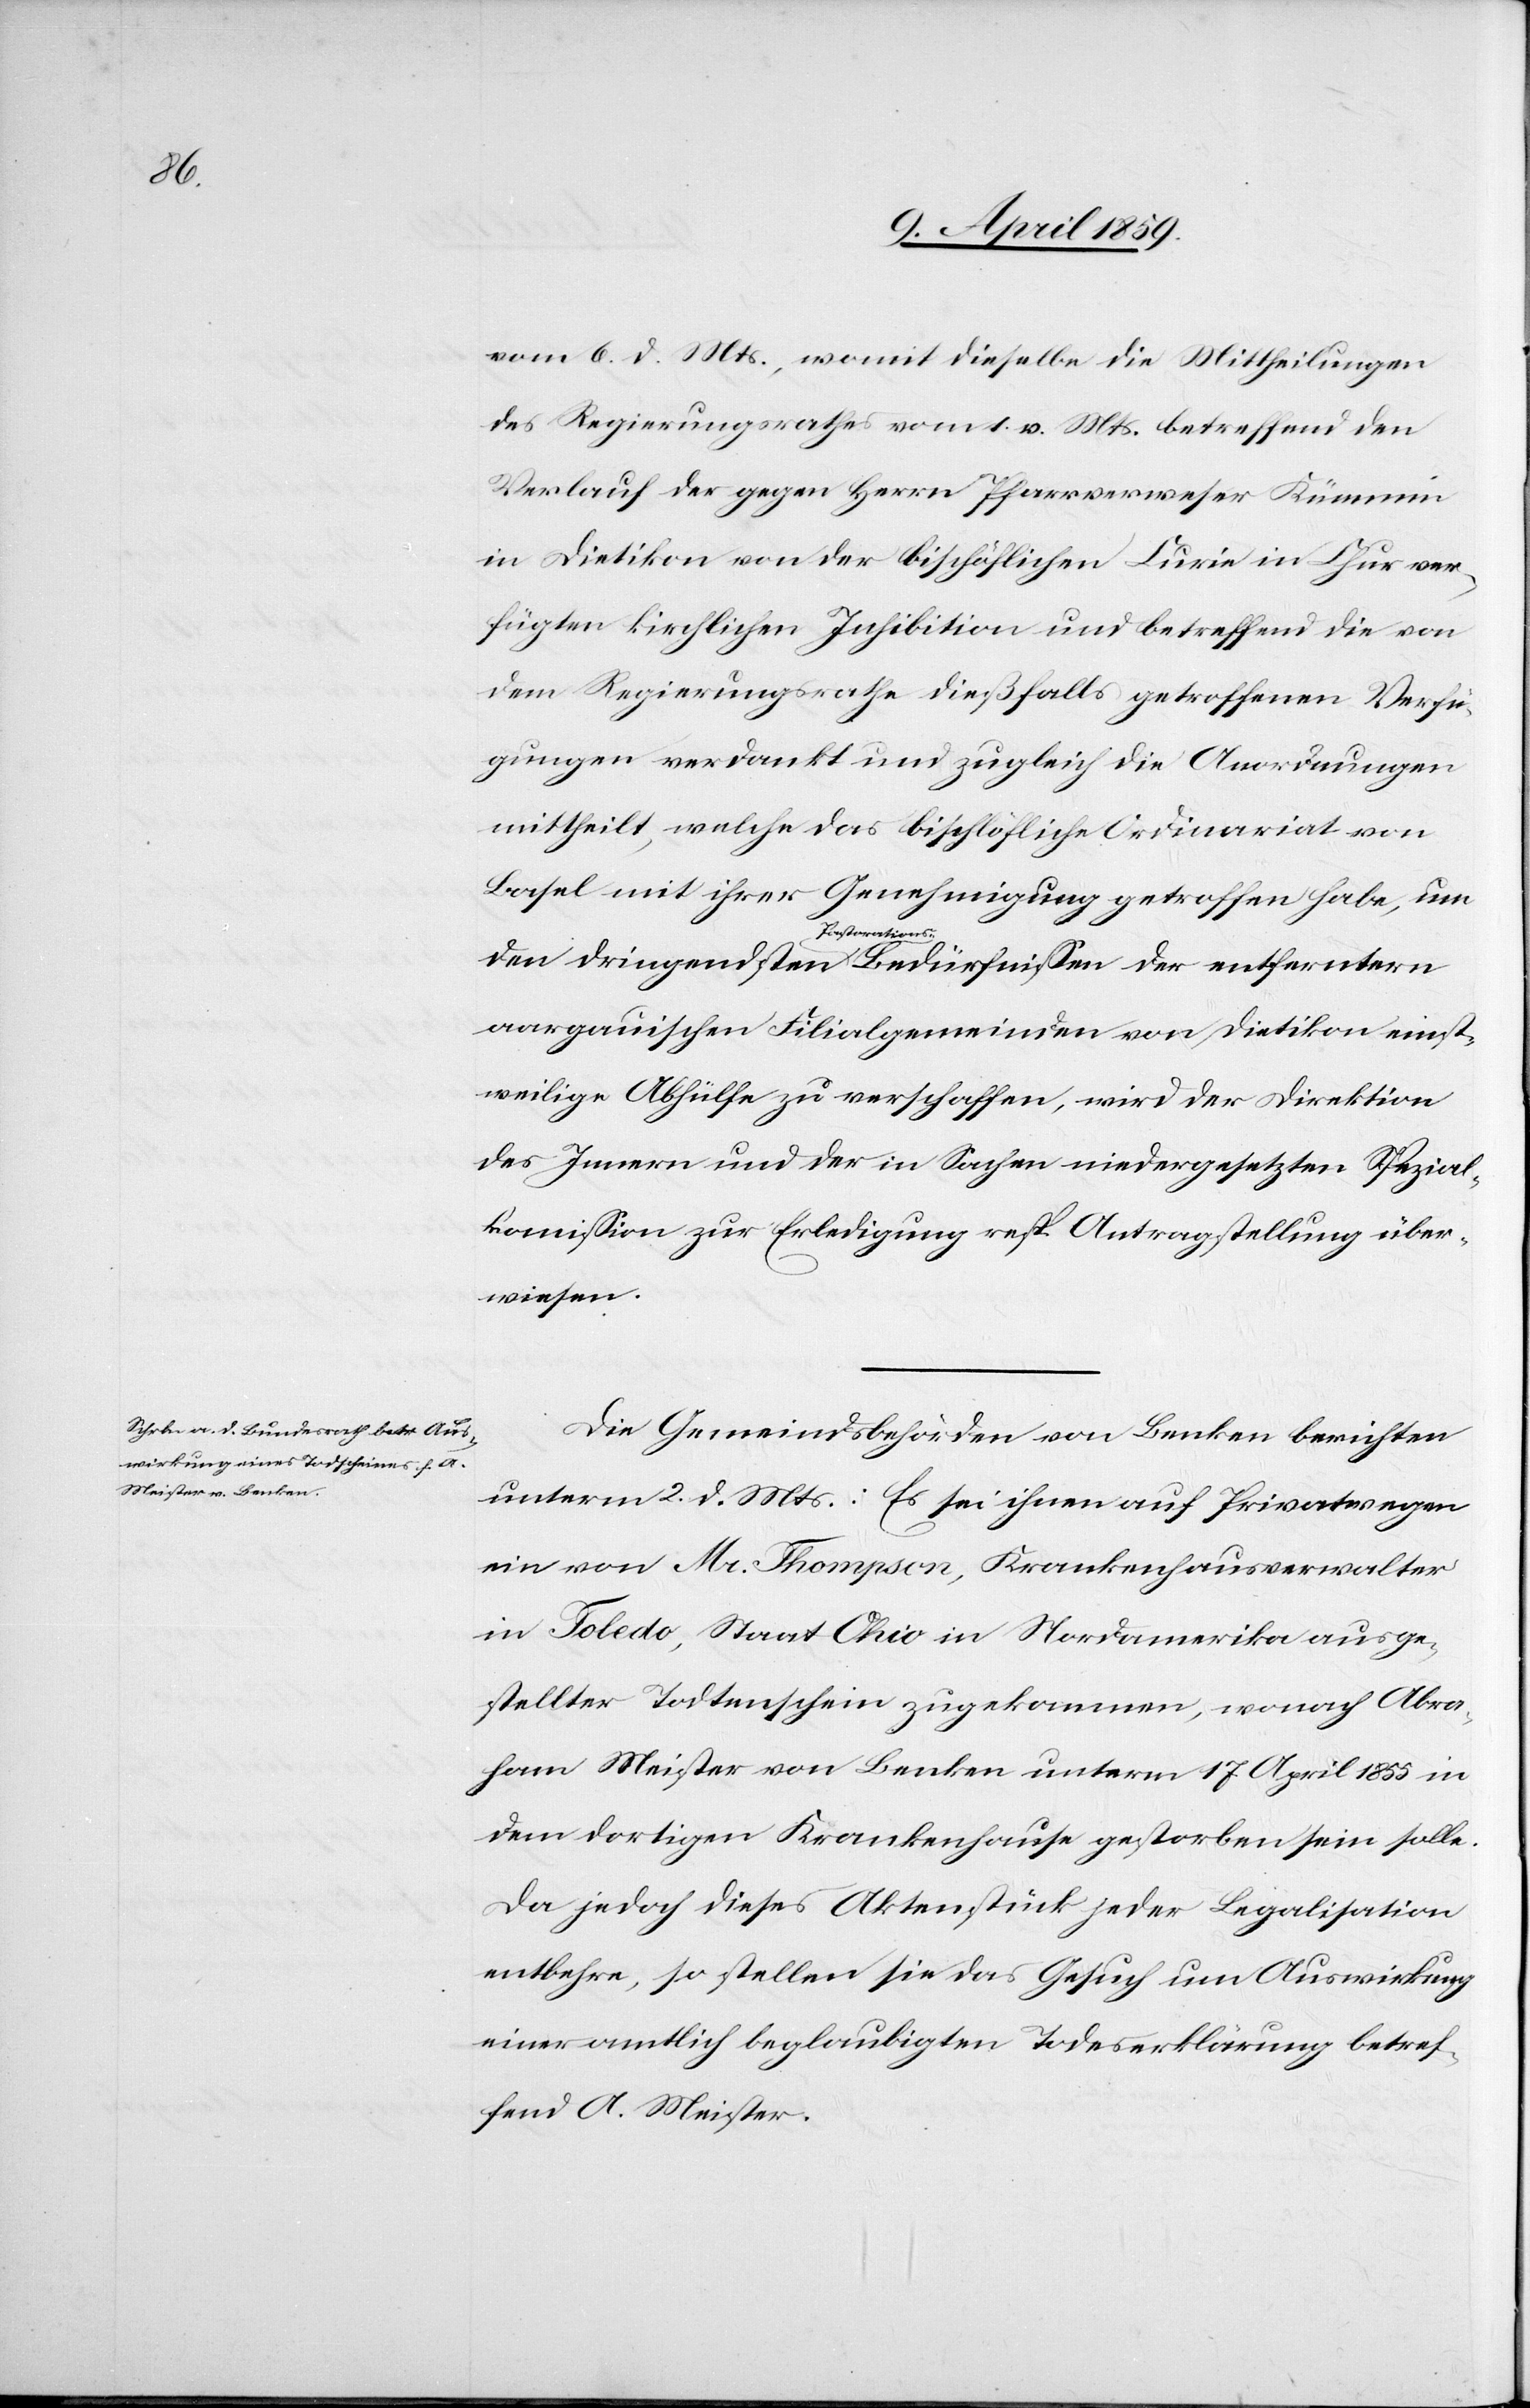
vom 6. d. Mts., womit dieselbe die Mittheilungen
des Regierungsrathes vom 1. v. Mts. betreffend den
Verlauf der gegen Herrn Pfarrverweser Kümmin
in Dietikon von der bischöflichen Curie in Chur ver¬
fügten kirchlichen Inhibition und betreffend die von
dem Regierungsrathe dießfalls getroffenen Verfü¬
gungen verdankt und zugleich die Anordnungen
mittheilt, welche das bischöfliche Ordinariat von
Basel mit ihrer Genehmigung getroffen habe, um
aargauischen Filialgemeinden von Dietikon einst¬
weilige Abhülfe zu verschaffen, wird der Direktion
des Innern und der in Sachen niedergesetzten Spezial¬
komißion zur Erledigung resp. Antragstelllung über¬
wiesen.
Die Gemeindsbehörden von Benken berichten
unterm 2. d. Mts.: Es sei ihnen auf Privatwegen
ein von Mr. Thompson, Krankenhausverwalter
in Toledo, Staat Ohio in Nordamerika ausge¬
stellter Todtenschein zugekommen, wonach Abra¬
ham Meister von Benken unterm 17 April 1855 in
dem dortigen Krankenhause gestorben sein solle.
Da jedoch dieses Aktenstück jeder Legalisation
entbehre, so stellen sie das Gesuch um Auswirkung
einer amtlich beglaubigten Todeserklärung betref¬
fend A. Meister.